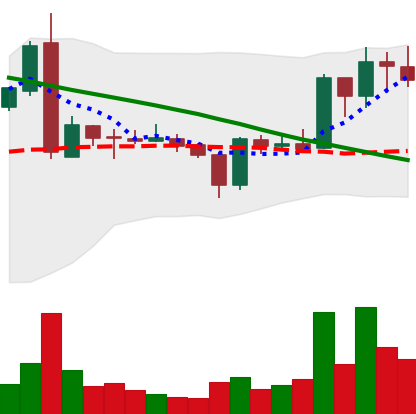
Ticker: ADA-USD
Chart end date: 2019-03-13
Forward return: 8.289%
Label: up_7plus